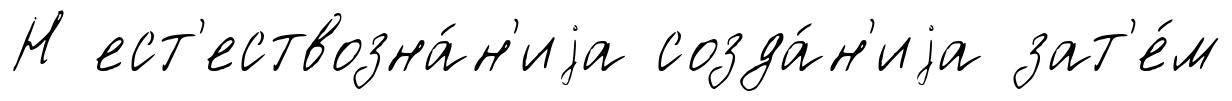
Н ест'ествозна́н'иjа созда́н'иjа зат'е́м